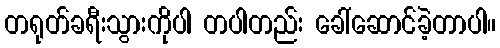
တရုတ်ခရီးသွားကိုပါ တပါတည်း ခေါ်ဆောင်ခဲ့တာပါ။